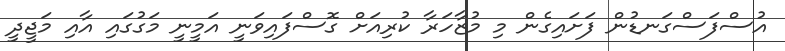
އުސްފަސްގަނޑުން ފަށައިގެން މި މުޒާހަރާ ކުރިއަށް ގޮސްފައިވަނީ އަމީނީ މަގުގައި އާއި މަޖީދީ